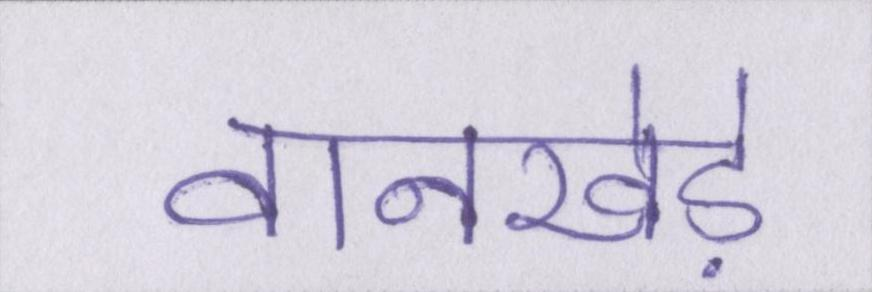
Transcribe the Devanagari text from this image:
वानखेड़े